Annual report of the Punjab Veterinary College and of the Civil Veterinary Department, Punjab - 1926-1932
Year: 1926
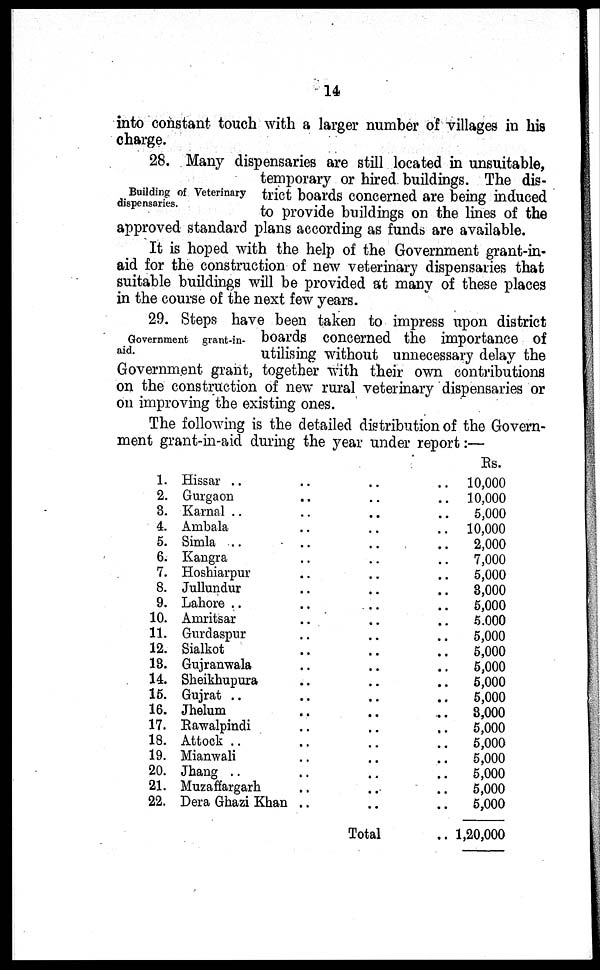
14
into constant touch with a larger number of villages in his
charge.
Building of Veterinary
dispensaries.
28. Many dispensaries are still located in unsuitable,
temporary or hired buildings. The dis-
trict boards concerned are being induced
to provide buildings on the lines of the
approved standard plans according as funds are available.
It is hoped with the help of the Government grant-in-
aid for the construction of new veterinary dispensaries that
suitable buildings will be provided at many of these places
in the course of the next few years.
Government grant-in-
aid.
29. Steps have been taken to impress upon district
boards concerned the importance of
utilising without unnecessary delay the
Government grant, together with their own contributions
on the construction of new rural veterinary dispensaries or
on improving the existing ones.
The following is the detailed distribution of the Govern-
ment grant-in-aid during the year under report:—
1. Hissar .. .. ..
2. Gurgaon .. .. ..
3 Karnal .. .. .. ..
4. Ambala .. .. ..
5. Simla .. .. .. ..
6. Kangra .. .. ..
7. Hoshiarpur .. .. ..
8. Jullundur .. .. ..
9. Lahore .. .. .. ..
10. Amritsar .. .. ..
11. Gurdaspur .. .. ..
12. Sialkot .. .. ..
13. Gujranwala .. .. ..
14. Sheikhupura .. .. ..
15. Gujrat .. .. .. ..
16. Jhelum .. .. ..
17. Rawalpindi .. .. ..
18. Attock .. .. .. ..
19. Mianwali .. .. ..
20. Jhang .. .. .. ..
21. Muzaffargarh .. .. ..
22. Dera Ghazi Khan .. .. ..
Total
..
Rs.
10,000
10,000
5,000
10,000
2,000
7,000
5,000
3,000
5,000
5,000
5,000
5,000
5,000
5,000
5,000
3,000
5,000
5,000
5,000
5,000
5,000
5,000
1,20,000